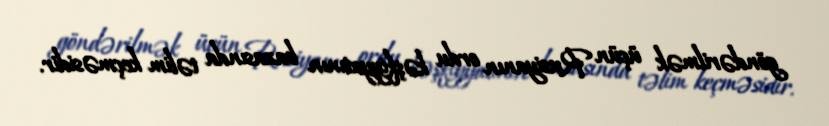
göndərilmək üçün Rusiyanın ordu kəşfiyyatının bazasında təlim keçməsidir.